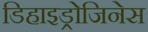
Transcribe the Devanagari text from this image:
डिहाइड्रोजिनेस